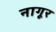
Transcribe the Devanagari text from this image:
नागूर